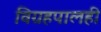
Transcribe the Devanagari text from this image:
विग्रहपालही